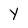
Character: Y